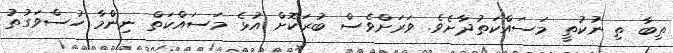
ތިބާ ތި ނުކުތީ މަސައްކަތުދާށެވެ. ވަރަށްވެސް ބުރަކޮށް އުޅެ މަސައްކަތް ނިންމާ ހުސްވަގުތު